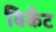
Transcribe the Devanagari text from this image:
विकॅट